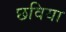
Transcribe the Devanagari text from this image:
छविया